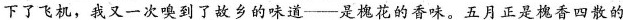
下了飞机，我又一次嗅到了故乡的味道——是槐花的香味。五月正是槐香四散的